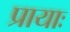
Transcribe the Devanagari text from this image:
प्रायाः